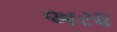
અરધ